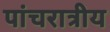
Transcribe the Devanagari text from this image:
पांचरात्रीय